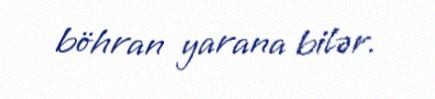
böhran yarana bilər.